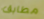
مطابق